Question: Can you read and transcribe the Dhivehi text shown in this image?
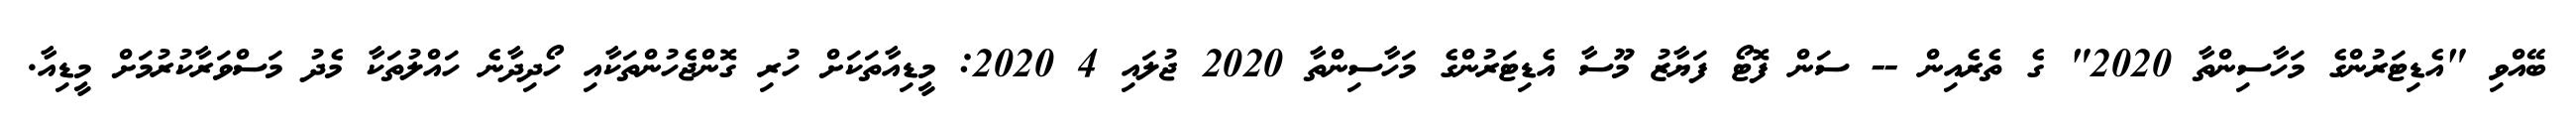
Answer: ބޭއްވި "އެޑިޓަރުންގެ މަހާސިންތާ 2020" ގެ ތެރެއިން -- ސަން ފޮޓޯ ފަޔާޒު މޫސާ އެޑިޓަރުންގެ މަހާސިންތާ 2020 ޖުލައި 4 2020: މީޑިއާތަކަށް ހުރި ގޮންޖެހުންތަކާއި ހޯދިދާނެ ހައްލުތަކާ މެދު މަސްވަރާކުރުމަށް މީޑިއާ.